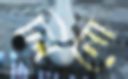
লিনো